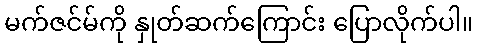
မက်ဇင်မ်ကို နှုတ်ဆက်ကြောင်း ပြောလိုက်ပါ။